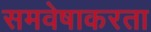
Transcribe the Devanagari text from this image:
समवेषाकरता